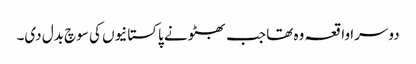
دوسرا واقعہ وہ تھا جب بھٹو نے پاکستانیوں کی سوچ بدل دی۔